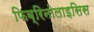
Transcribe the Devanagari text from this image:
फिब्रिनोलाइसिस